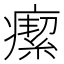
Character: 𤺚